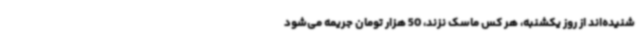
شنیده‌اند از روز یکشنبه، هر کس ماسک نزند، 50 هزار تومان جریمه می‌شود